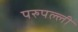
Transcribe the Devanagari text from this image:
परुपल्ली